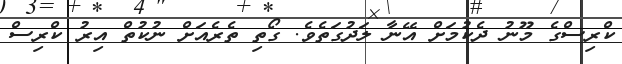
ކްރިސްގެ މޫނު ދެކުމަށް އޭނާ ލަދުގަތެވެ. ގޯތި ތެރެއަށް ނުކުތް އިރު ކްރިސް